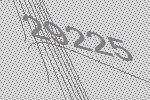
29225